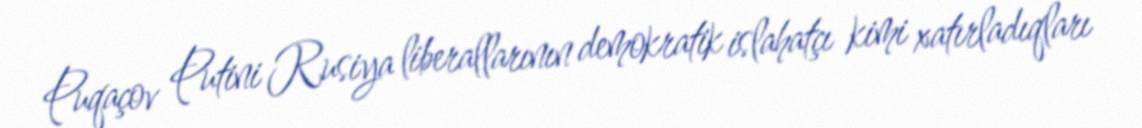
Puqaçov Putini Rusiya liberallarının demokratik islahatçı kimi xatırladıqları